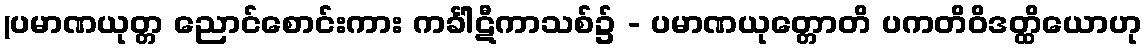
(ပမာဏယုတ္တ ညောင်စောင်းကား ကင်္ခါဋီကာသစ်၌ - ပမာဏယုတ္တောတိ ပကတိဝိဒတ္ထိယောဟု